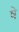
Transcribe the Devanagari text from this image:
षे